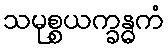
သမုစ္စယက္ခန္ဓကံ